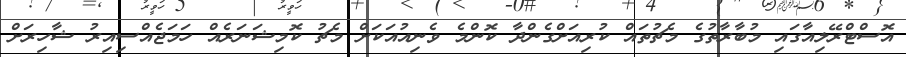
އޮސްޓްރޭލިއާގައި މުބާރާތުގެ މެޗުތައް ކުރިއަށްގެންދާ ކޮންމެ ވެނިއުއަކަށް މެޗު ކޮމިޝަނަރެއް ހަމަޖެއްސިއިރު ޝާހިރަށް